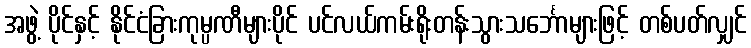
အဖွဲ့ ပိုင်နှင့် နိုင်ငံခြားကုမ္ပဏီများပိုင် ပင်လယ်ကမ်းရိုးတန်းသွားသင်္ဘောများဖြင့် တစ်ပတ်လျှင်